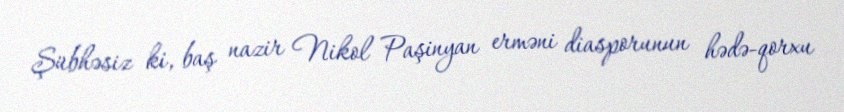
Şübhəsiz ki, baş nazir Nikol Paşinyan erməni diasporunun hədə-qorxu